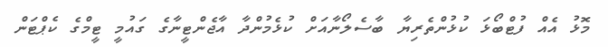
މޮޅު އެއް ފުޓްބޯޅަ ކުޅުންތެރިޔާ ބާސެލޯނާއަށް ކުޅެމުންދާ އާޖެންޓީނާގެ ގައުމީ ޓީމްގެ ކެޕްޓަން